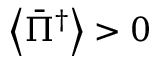
\left\langle { { { \bar { \Pi } } ^ { \dag } } } \right\rangle > 0